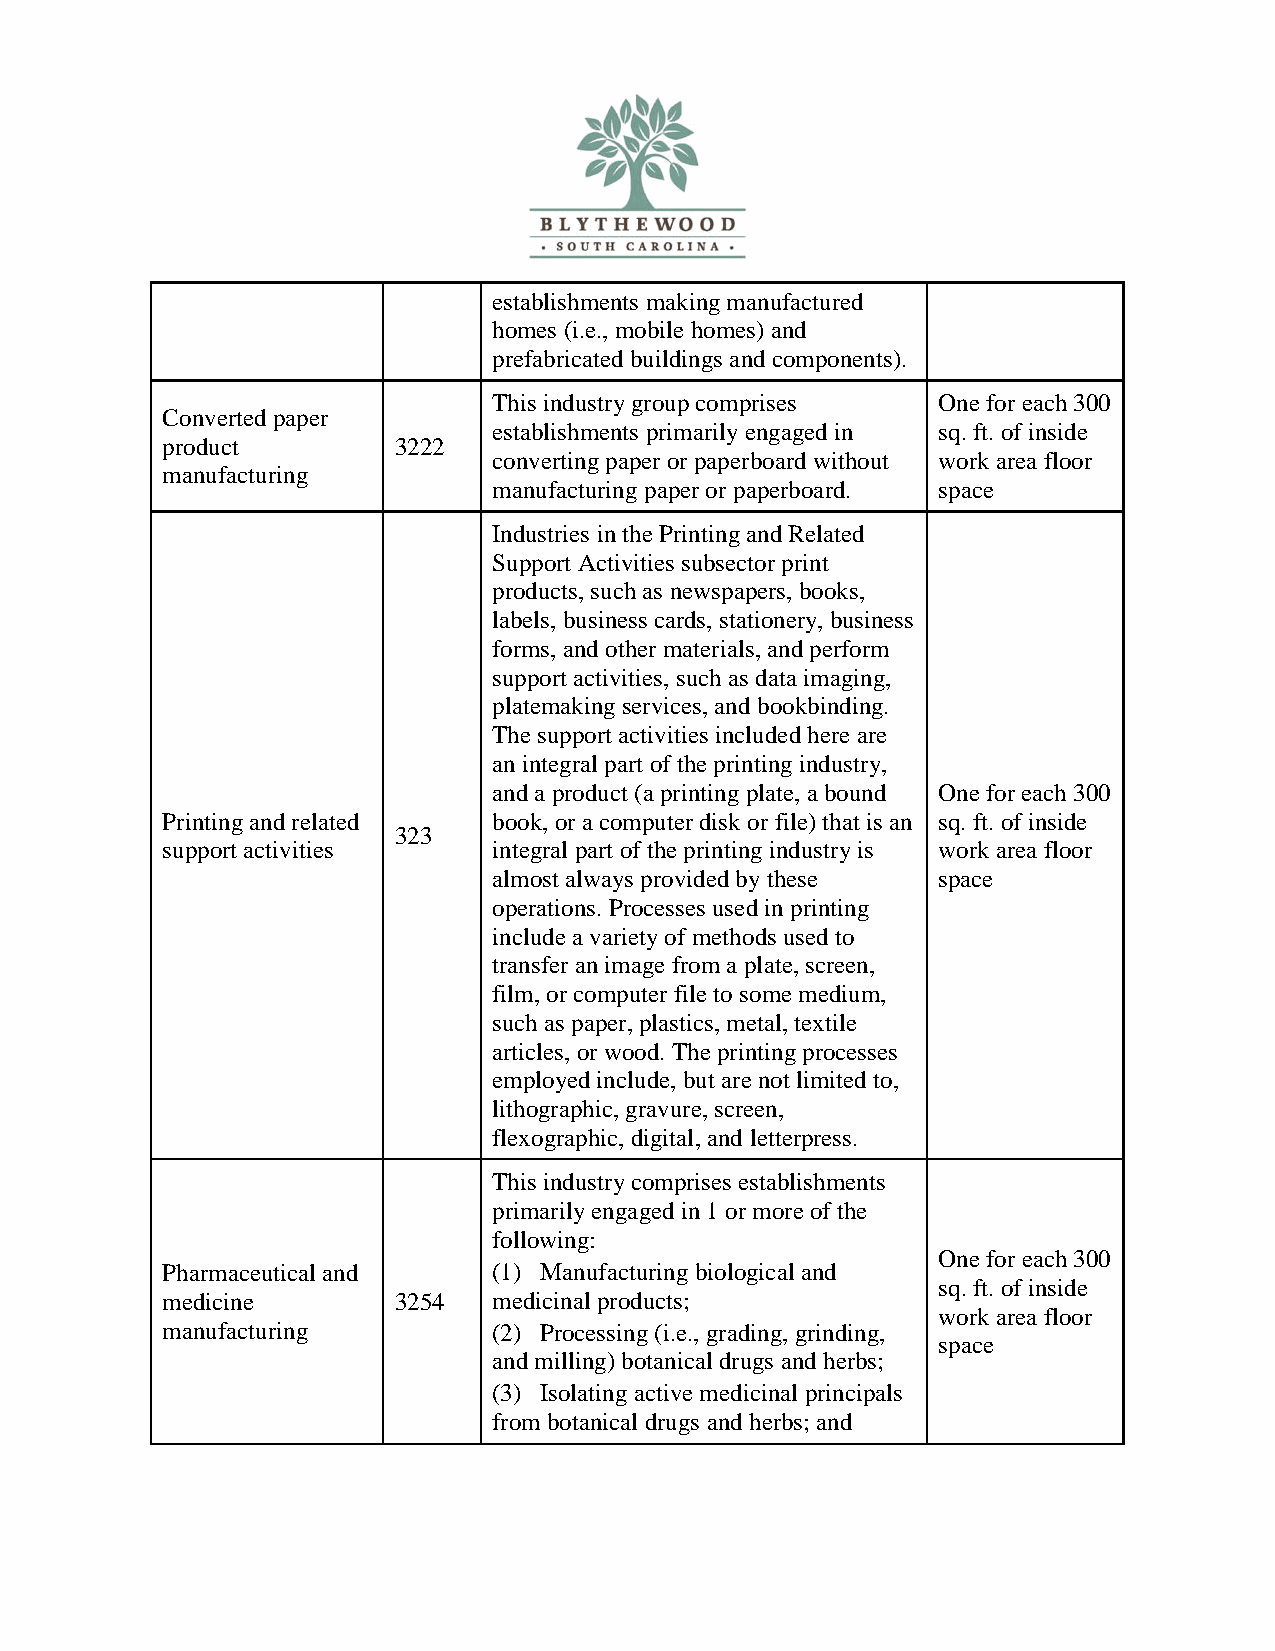
establishments making manufactured
 homes (i.e., mobile homes) and
 prefabricated buildings and components).
 This industry group comprises One for each 300
 Converted paper
 establishments primarily engaged in sq. ft. of inside
 product        3222
 converting paper or paperboard without work area floor
 manufacturing
 manufacturing paper or paperboard. space
 Industries in the Printing and Related
 Support Activities subsector print
 products, such as newspapers, books,
 labels, business cards, stationery, business
 forms, and other materials, and perform
 support activities, such as data imaging,
 platemaking services, and bookbinding.
 The support activities included here are
 an integral part of the printing industry,
 and a product (a printing plate, a bound One for each 300
 Printing and related  book, or a computer disk or file) that is an sq. ft. of inside
 323
 support activities    integral part of the printing industry is work area floor
 almost always provided by these space
 operations. Processes used in printing
 include a variety of methods used to
 transfer an image from a plate, screen,
 film, or computer file to some medium,
 such as paper, plastics, metal, textile
 articles, or wood. The printing processes
 employed include, but are not limited to,
 lithographic, gravure, screen,
 flexographic, digital, and letterpress.
 This industry comprises establishments
 primarily engaged in 1 or more of the
 following:
 One for each 300
 Pharmaceutical and    (1) Manufacturing biological and
 sq. ft. of inside
 medicine       3254   medicinal products;
 work area floor
 manufacturing         (2) Processing (i.e., grading, grinding,
 space
 and milling) botanical drugs and herbs;
 (3) Isolating active medicinal principals
 from botanical drugs and herbs; and